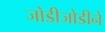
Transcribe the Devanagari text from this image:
जोडीजोडीने